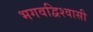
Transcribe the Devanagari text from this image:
भगवद्विश्‍वासी